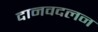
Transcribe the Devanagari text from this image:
दानवदलन